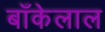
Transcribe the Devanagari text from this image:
बाँकेलाल